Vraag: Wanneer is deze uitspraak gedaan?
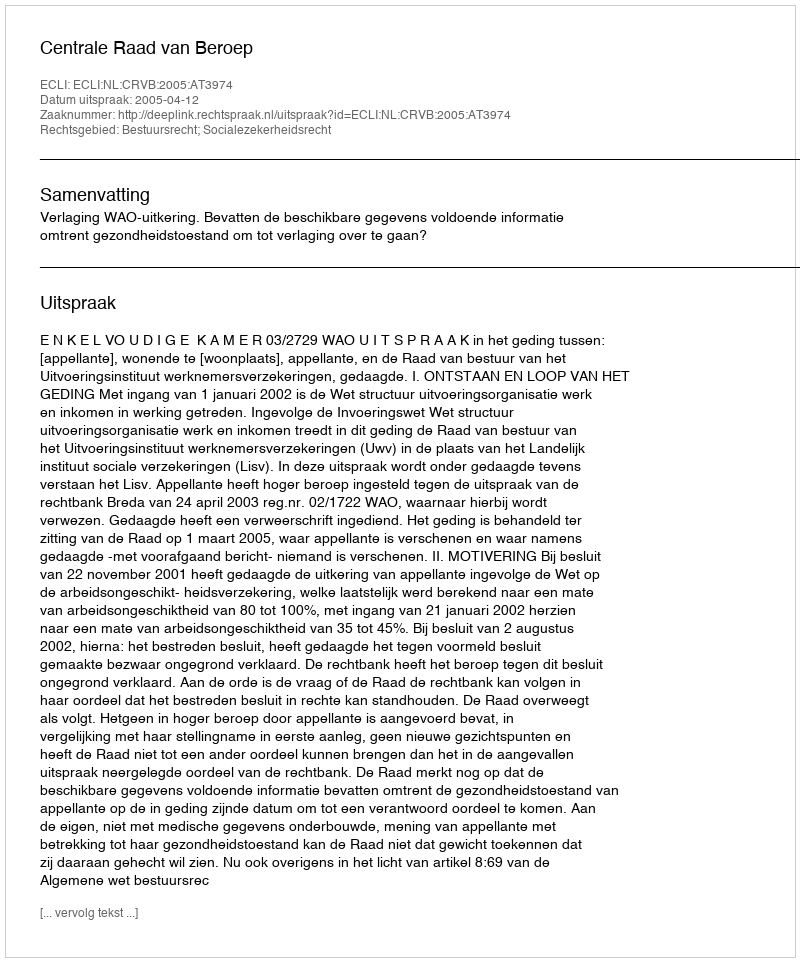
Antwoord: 2005-04-12